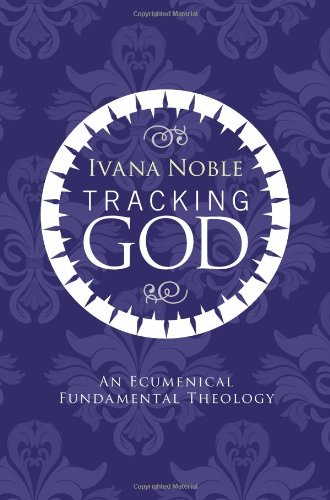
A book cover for Tracking God: An Ecumenical Fundamental Theology; Ivana Noble; Christian Books & Bibles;